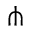
\pitchfork